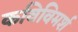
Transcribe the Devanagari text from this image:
कविविमर्श